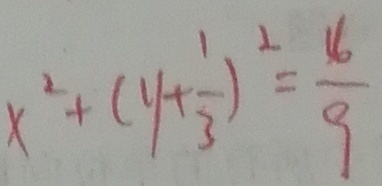
x ^ { 2 } + ( y + \frac { 1 } { 3 } ) ^ { 2 } = \frac { 4 } { 9 }